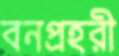
বনপ্রহরী